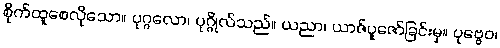
စိုက်ထူစေလိုသော။ ပုဂ္ဂလော၊ ပုဂ္ဂိုလ်သည်။ ယညာ၊ ယာဇ်ပူဇော်ခြင်းမှ။ ပုဗ္ဗေဝ၊